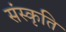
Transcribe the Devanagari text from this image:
संस्‍कृति